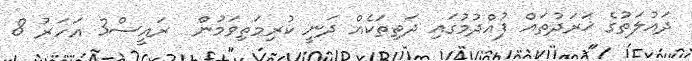
ދައުލަތުގެ ޚަރަދުތައް ފުއްދުމުގައި ދަތިތަކެއް ދަނީ ކުރިމަތިވަމުން  ރައީސް3 އަހަރު 8